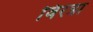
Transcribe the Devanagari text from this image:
विरत्रा